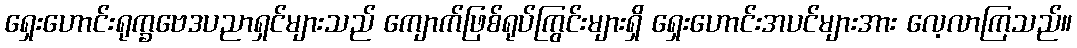
ရှေးဟောင်းရုက္ခဗေဒပညာရှင်များသည် ကျောက်ဖြစ်ရုပ်ကြွင်းများရှိ ရှေးဟောင်းအပင်များအား လေ့လာကြသည်။